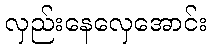
လှည်းနေလှေအောင်း